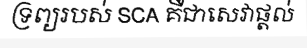
ទ្រព្យរបស់ SCA គឺជាសេវាផ្តល់